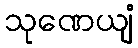
သုဏေယျံ